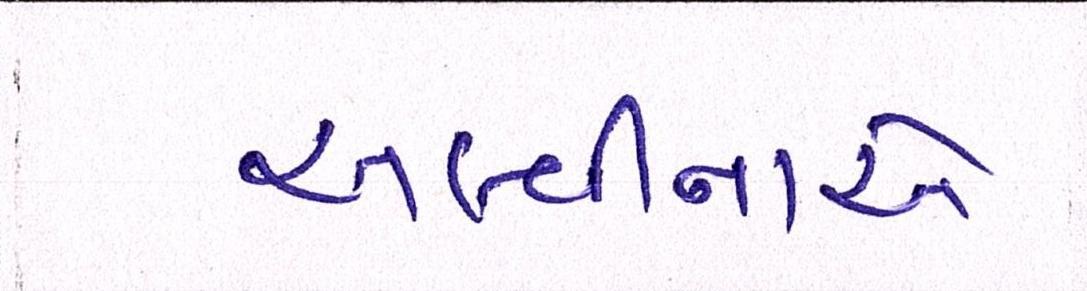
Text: અલ્વીનાએ